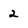
Character: 2